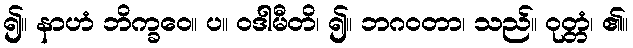
၍။ နာဟံ ဘိက္ခဝေ။ ပ။ ဝဒါမီတိ၊ ၍။ ဘဂဝတာ၊ သည်။ ဝုတ္တံ၊ ၏။